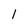
Character: 1